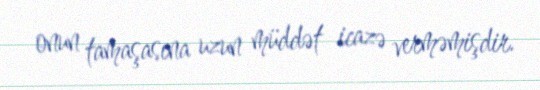
onun tamaşasına uzun müddət icazə verməmişdir.